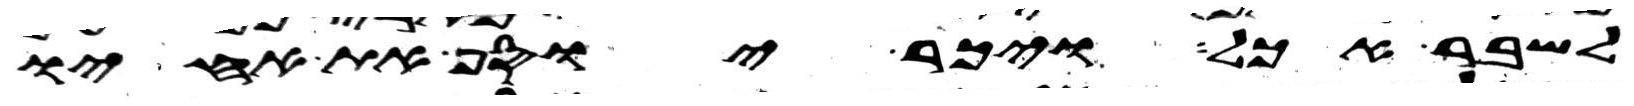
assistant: לשבר אכל ויכר יוסף את אחיו